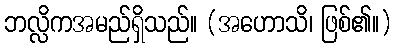
ဘလ္လိကအမည်ရှိသည်။ (အဟောသိ၊ ဖြစ်၏။)